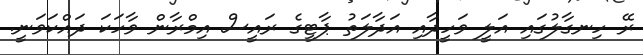
ރޭ ހިނގާލުގައި އަލީ ވަހީދާއި އަދާލަތު ޕާޓީގެ ރައީސް އިމްރާން ވާހަކަ ދައްކަވަނީ.